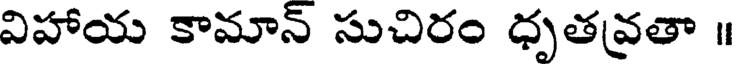
విహాయ కామాన్ సుచిరం ధృతవ్రతా ॥